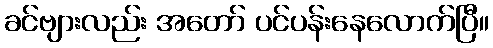
ခင်ဗျားလည်း အတော် ပင်ပန်းနေလောက်ပြီ။